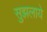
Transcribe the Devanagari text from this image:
सुझलाये